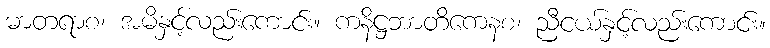
မာတရာစ၊ အမိနှင့်လည်းကောင်း။ ကနိဋ္ဌဘာတိကေနစ၊ ညီငယ်နှင့်လည်းကောင်း။